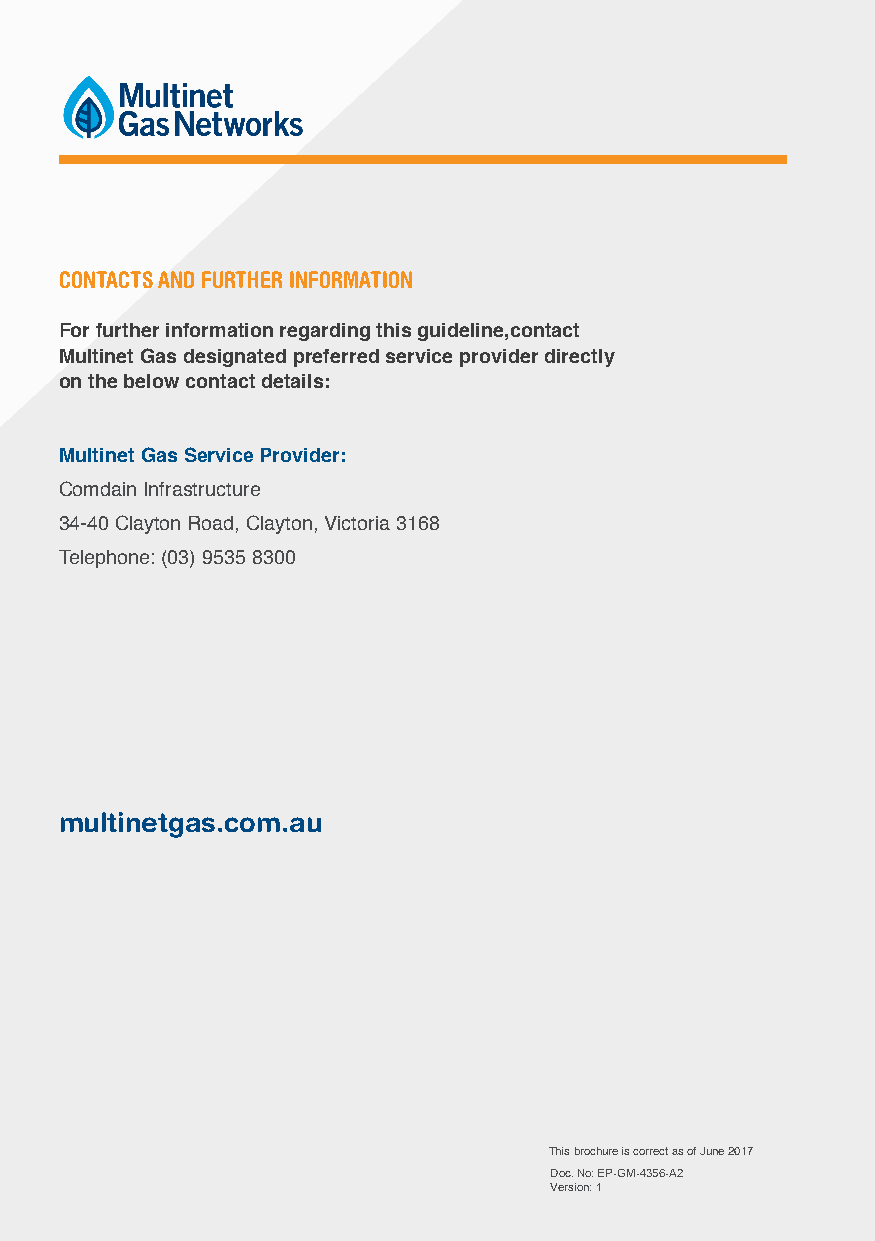
CONTACTS AND FURTHER INFORMATION
 For further information regarding this guideline,contact
 Multinet Gas designated preferred service provider directly
 on the below contact details:
 Multinet Gas Service Provider:
 Comdain Infrastructure
 34-40 Clayton Road, Clayton, Victoria 3168
 Telephone: (03) 9535 8300
 multinetgas.com.au
 This brochure is correct as of June 2017
 Doc. No: EP-GM-4356-A2
 Version: 1